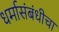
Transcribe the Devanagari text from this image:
धर्मासंबंधीचा